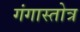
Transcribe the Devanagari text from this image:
गंगास्तोत्र